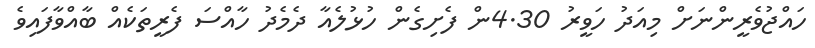
ހައްޖުވެރީންނަށް މިއަދު ހަވީރު 4.30ން ފެށިގެން ހުޅުލެއާ ދެމެދު ހާއްސަ ފެރީތަކެއް ބާއްވާފަައިވެ